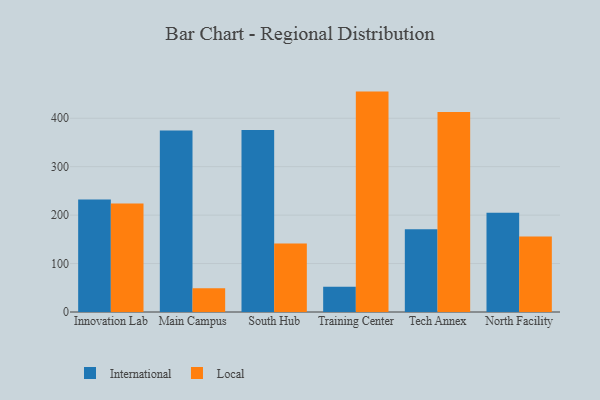
{"axis": {"x": "Campus", "y": "Operating Costs (USD K)"}, "legend": ["International", "Local"], "data": [{"x": "Innovation Lab", "y": 232.1, "type": "International"}, {"x": "Innovation Lab", "y": 223.8, "type": "Local"}, {"x": "Main Campus", "y": 374.7, "type": "International"}, {"x": "Main Campus", "y": 49.1, "type": "Local"}, {"x": "South Hub", "y": 375.8, "type": "International"}, {"x": "South Hub", "y": 141.4, "type": "Local"}, {"x": "Training Center", "y": 52.1, "type": "International"}, {"x": "Training Center", "y": 455.0, "type": "Local"}, {"x": "Tech Annex", "y": 170.6, "type": "International"}, {"x": "Tech Annex", "y": 412.7, "type": "Local"}, {"x": "North Facility", "y": 205.1, "type": "International"}, {"x": "North Facility", "y": 155.9, "type": "Local"}]}